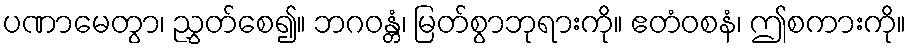
ပဏာမေတွာ၊ ညွှတ်စေ၍။ ဘဂဝန္တံ၊ မြတ်စွာဘုရားကို။ ဧတံဝစနံ၊ ဤစကားကို။